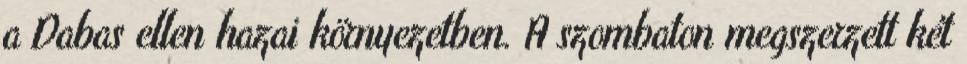
a Dabas ellen hazai környezetben. A szombaton megszerzett két